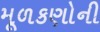
મૂળકણોની